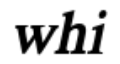
whi